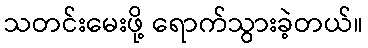
သတင်းမေးဖို့ ရောက်သွားခဲ့တယ်။